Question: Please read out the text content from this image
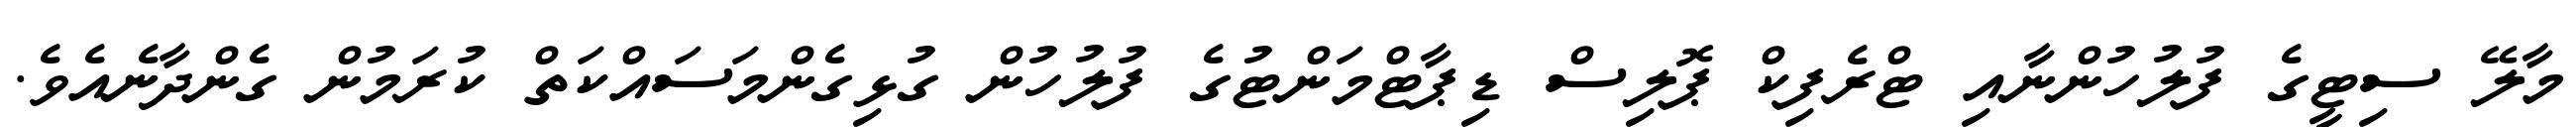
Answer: މާލޭ ސިޓީގެ ފުލުހުންނާއި ޓްރެފިކް ޕޮލިސް ޑިޕާޓްމަންޓުގެ ފުލުހުން ގުޅިގެންމަސައްކަތް ކުރަމުން ގެންދާނެއެވެ.